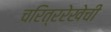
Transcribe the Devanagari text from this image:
चरित्ररेखेची